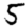
Digit: 5